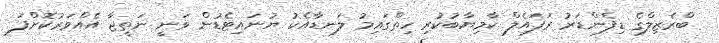
ބްރެޒިލްގެ ޑިފެންޑަރު ރަފައެލް ކާމިޔާބުކުރި ހިތްގައިމު ލަނޑާއެކު ޔުނައިޓެޑުން ވަނީ ނަތީޖާ އެއްވަރުކޮށްފަ